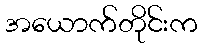
အယောက်တိုင်းက